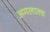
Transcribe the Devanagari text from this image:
अमलातच